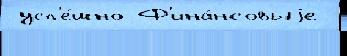
 усп'е́шно Ф'ина́нсовыjе